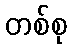
တစ်စု